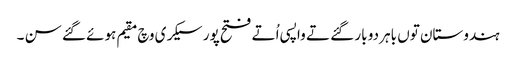
ہندوستان تو‏ں باہر دو بار گئے تے واپسی اُتے فتح پور سیکری وچ مقیم ہوئے گئے سن ۔